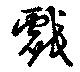
戯